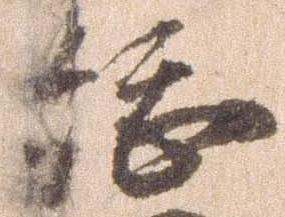
総